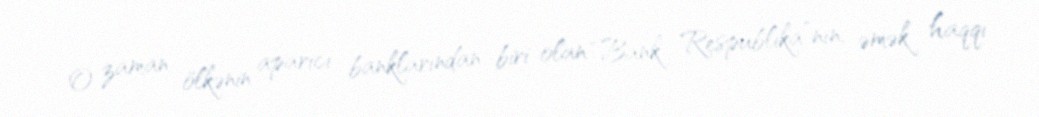
O zaman ölkənin aparıcı banklarından biri olan “Bank Respublika”nın, əmək haqqı